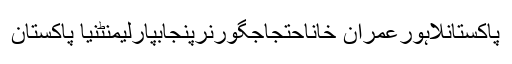
پاکستانلاہورعمران خاناحتجاجگورنرپنجابپارلیمنٹنیا پاکستان